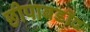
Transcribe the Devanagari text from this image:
छीपाबडॉद